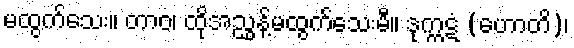
မထွက်သေး။ တာဝ၊ ထိုအညွှန့်မထွက်သေးမီ။ ဒုက္ကဋံ (ဟောတိ)၊